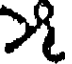
౫